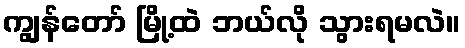
ကျွန်တော် မြို့ထဲ ဘယ်လို သွားရမလဲ။